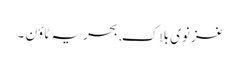
غزنوی بلاک, بحریہ ٹاؤن ۔